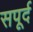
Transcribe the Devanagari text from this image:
सपूर्द